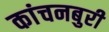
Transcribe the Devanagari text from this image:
कांचनबुरी